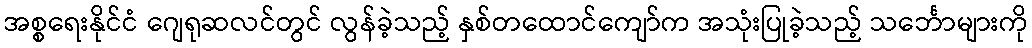
အစ္စရေးနိုင်ငံ ဂျေရုဆလင်တွင် လွန်ခဲ့သည့် နှစ်တထောင်ကျော်က အသုံးပြုခဲ့သည့် သင်္ဘောများကို